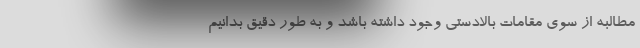
مطالبه از سوی مقامات بالادستی وجود داشته باشد و به طور دقیق بدانیم